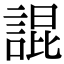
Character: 䛰